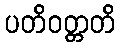
ပတိဝတ္တတိ